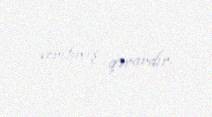
verilmiş qərardır.